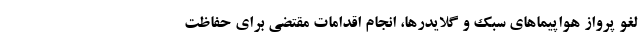
لغو پرواز هواپیماهای سبک و گلایدرها، انجام اقدامات مقتضی برای حفاظت